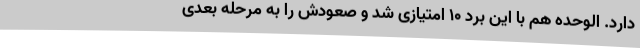
دارد. الوحده هم با این برد ۱۰ امتیازی شد و صعودش را به مرحله بعدی